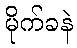
မိုက်ခနဲ